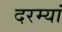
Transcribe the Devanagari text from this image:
दरम्‍यां